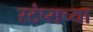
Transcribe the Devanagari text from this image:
स्टंप्सच्या